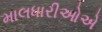
માલધારીઓએ